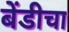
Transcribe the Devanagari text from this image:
बेंडीचा